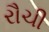
રૌચી